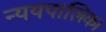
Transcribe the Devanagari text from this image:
न्ययपालिका